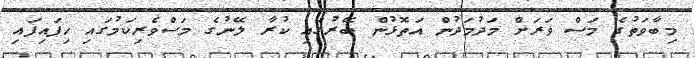
މިބާވަތުގެ މަސް ވަރަށް މަދުމަދުން އަތޮޅުން ބޭރުގައި ކުރާ ލޭނުގެ މަސްވެރިކަމުގައި ހިފައިފައި